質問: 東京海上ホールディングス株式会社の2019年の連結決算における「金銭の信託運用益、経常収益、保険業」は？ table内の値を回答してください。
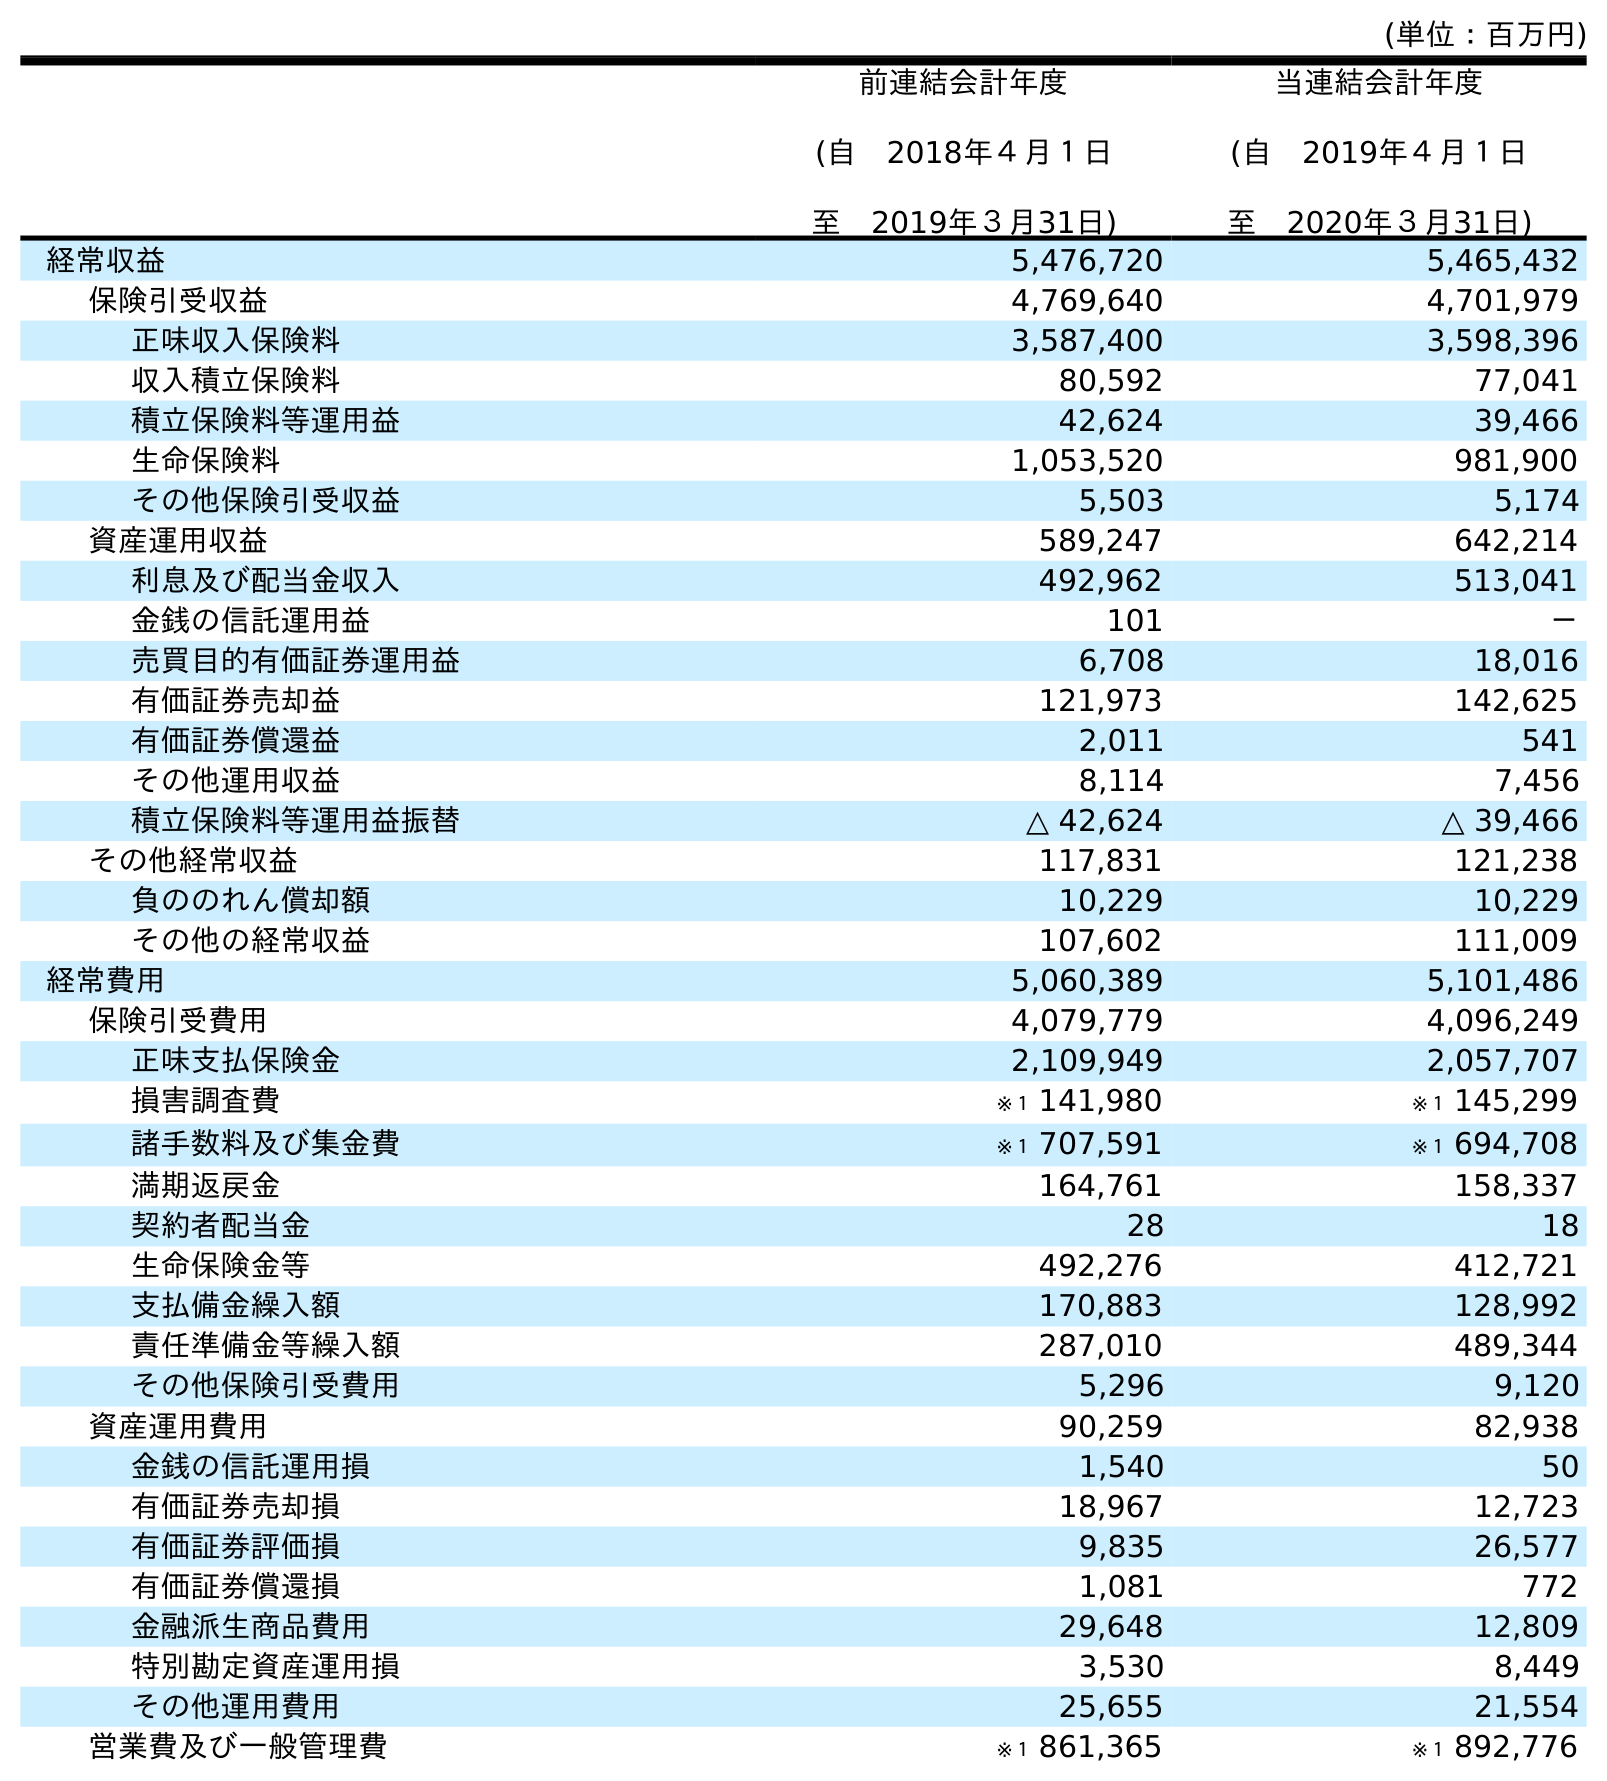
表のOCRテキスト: (単位：百万円) 前連結会計年度 (自 2018年４月１日 至 2019年３月31日) 当連結会計年度 (自 2019年４月１日 至 2020年３月31日) 経常収益 5,476,720 5,465,432 保険引受収益 4,769,640 4,701,979 正味収入保険料 3,587,400 3,598,396 収入積立保険料 80,592 77,041 積立保険料等運用益 42,624 39,466 生命保険料 1,053,520 981,900 その他保険引受収益 5,503 5,174 資産運用収益 589,247 642,214 利息及び配当金収入 492,962 513,041 金銭の信託運用益 101 － 売買目的有価証券運用益 6,708 18,016 有価証券売却益 121,973 142,625 有価証券償還益 2,011 541 その他運用収益 8,114 7,456 積立保険料等運用益振替 △ 42,624 △ 39,466 その他経常収益 117,831 121,238 負ののれん償却額 10,229 10,229 その他の経常収益 107,602 111,009 経常費用 5,060,389 5,101,486 保険引受費用 4,079,779 4,096,249 正味支払保険金 2,109,949 2,057,707 損害調査費 ※１ 141,980 ※１ 145,299 諸手数料及び集金費 ※１ 707,591 ※１ 694,708 満期返戻金 164,761 158,337 契約者配当金 28 18 生命保険金等 492,276 412,721 支払備金繰入額 170,883 128,992 責任準備金等繰入額 287,010 489,344 その他保険引受費用 5,296 9,120 資産運用費用 90,259 82,938 金銭の信託運用損 1,540 50 有価証券売却損 18,967 12,723 有価証券評価損 9,835 26,577 有価証券償還損 1,081 772 金融派生商品費用 29,648 12,809 特別勘定資産運用損 3,530 8,449 その他運用費用 25,655 21,554 営業費及び一般管理費 ※１ 861,365 ※１ 892,776
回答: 101